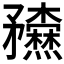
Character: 𥎢